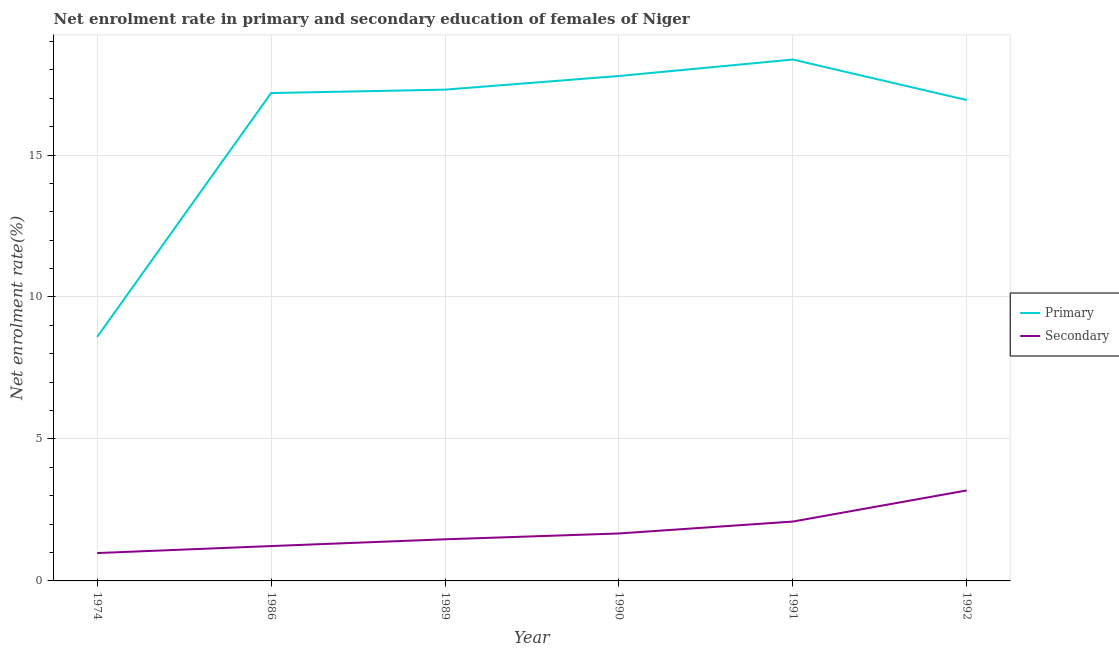
| Year | Primary | Secondary |
 | --- | --- | --- |
 | 1974 | 8.6 | 0.981 |
 | 1986 | 17.2 | 1.23 |
 | 1989 | 17.3 | 1.47 |
 | 1990 | 17.8 | 1.67 |
 | 1991 | 18.4 | 2.09 |
 | 1992 | 16.9 | 3.19 |